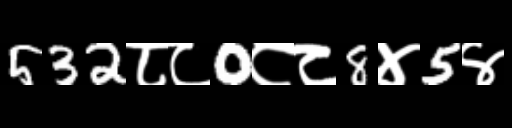
Text: 532८८0८८8४5४